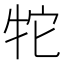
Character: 㸰